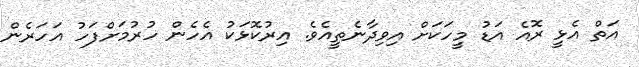
އަތް އެޅީ ރޮއެ އަޑު މީހަކަށް އިވިދާނެތީއެވެ. އިރުކޮޅަކު އެހެން ހުރުމަށްފަހު އަހަރެން